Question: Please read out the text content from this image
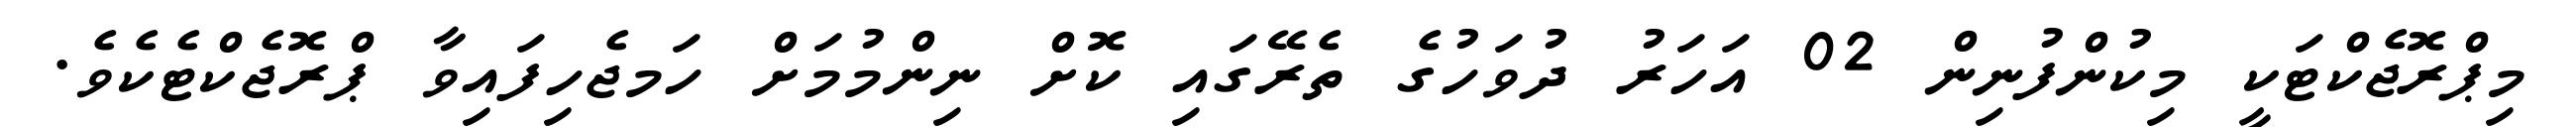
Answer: މިޕްރޮޖެކްޓަކީ މިކުންފުނިން 02 އަހަރު ދުވަހުގެ ތެރޭގައި ކޮށް ނިންމުމަށް ހަމޖެހިފައިވާ ޕްރޮޖެކްޓެކެވެ.